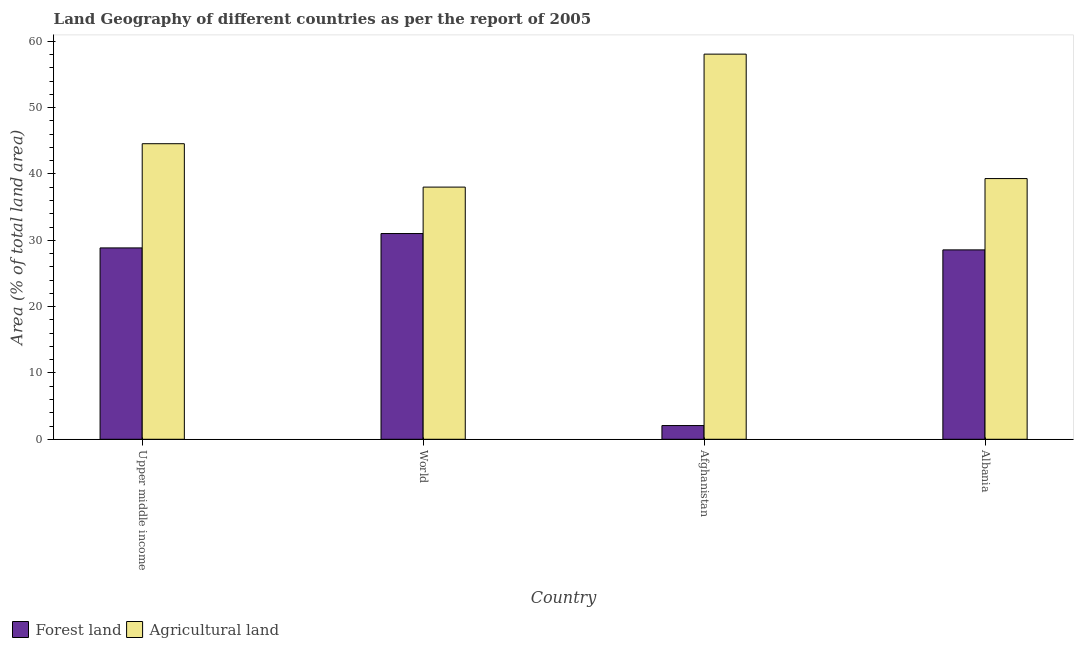
| Country | Forest land | Agricultural land |
 | --- | --- | --- |
 | Upper middle income | 28.9 | 44.6 |
 | World | 31 | 38 |
 | Afghanistan | 2.07 | 58.1 |
 | Albania | 28.6 | 39.3 |